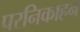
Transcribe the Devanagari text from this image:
परनिकाहन